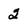
Character: 2